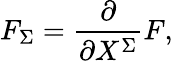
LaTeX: F_{\Sigma}={\frac{\partial}{\partial X^{\Sigma}}}F,